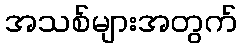
အသစ်များအတွက်